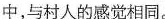
中，与村人的感觉相同。